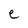
Character: e